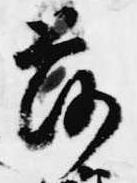
落